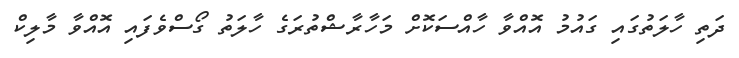
ދަތި ހާލަތުގައި ގައުމު އޮއްވާ ހާއްސަކޮށް މަހާރާޝްތުރަގެ ހާލަތު ގޯސްވެފައި އޮއްވާ މާލިކް